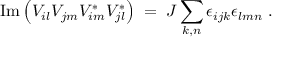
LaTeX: \mathrm { I m } \left( V _ { i l } V _ { j m } V _ { i m } ^ { * } V _ { j l } ^ { * } \right) \; = \; { \cal J } \sum _ { k , n } \epsilon _ { i j k } ^ { ~ } \epsilon _ { l m n } ^ { ~ } \; .